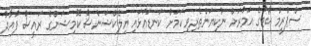
ސްޕްރީމް ކޯޓުގެ އަމުރަށް ނުކިޔަންތެރިވި ކަމަށް ކަނޑައަޅައި އިލެކްޝަންސް ކޮމިޝަންގެ ރައީސް ފުއާދު